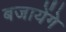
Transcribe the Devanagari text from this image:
बजायेंगे